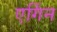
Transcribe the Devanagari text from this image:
एर्गिन